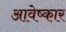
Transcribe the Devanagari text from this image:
आवेष्कार